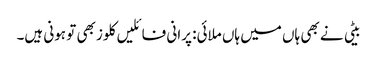
بیٹی نے بھی ہاں میں ہاں ملائی: پرانی فائلیں کلوز بھی تو ہونی ہیں۔